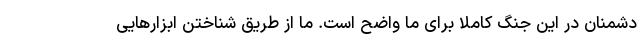
دشمنان در این جنگ کاملا برای ما واضح است. ما از طریق شناختن ابزار‌هایی